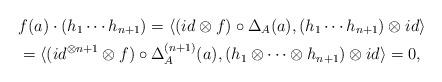
LaTeX: \begin{align*} & f(a)\cdot (h_1\cdots h_{n+1})=\langle(id\otimes f)\circ\Delta_A(a), (h_1\cdots h_{n+1})\otimes id\rangle \\ & =\langle(id^{\otimes n+1}\otimes f)\circ\Delta_A^{(n+1)}(a), (h_1\otimes \cdots \otimes h_{n+1})\otimes id\rangle=0, \end{align*}